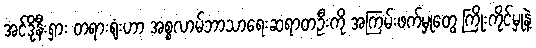
အင်ဒိုနီးရှား တရားရုံးဟာ အစ္စလာမ်ဘာသာရေးဆရာတဦးကို အကြမ်းဖက်မှုတွေ ကြိုးကိုင်မှုနဲ့